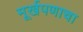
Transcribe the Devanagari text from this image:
मूर्खपणाचा